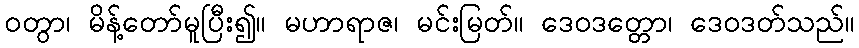
ဝတွာ၊ မိန့်တော်မူပြီး၍။ မဟာရာဇ၊ မင်းမြတ်။ ဒေဝဒတ္တော၊ ဒေဝဒတ်သည်။